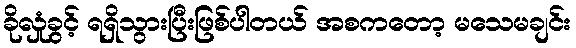
ခိုလှုံခွင့် ရရှိသွားပြီးဖြစ်ပါတယ် အစကတော့ မသေမချင်း